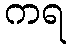
ကရ